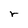
Character: r